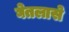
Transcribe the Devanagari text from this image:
घेतलासे